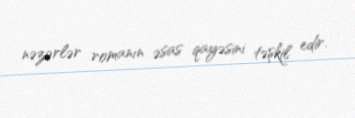
nəzərlər romanın əsas qayəsini təşkil edir.